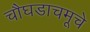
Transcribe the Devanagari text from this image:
चौघडाचमूचे